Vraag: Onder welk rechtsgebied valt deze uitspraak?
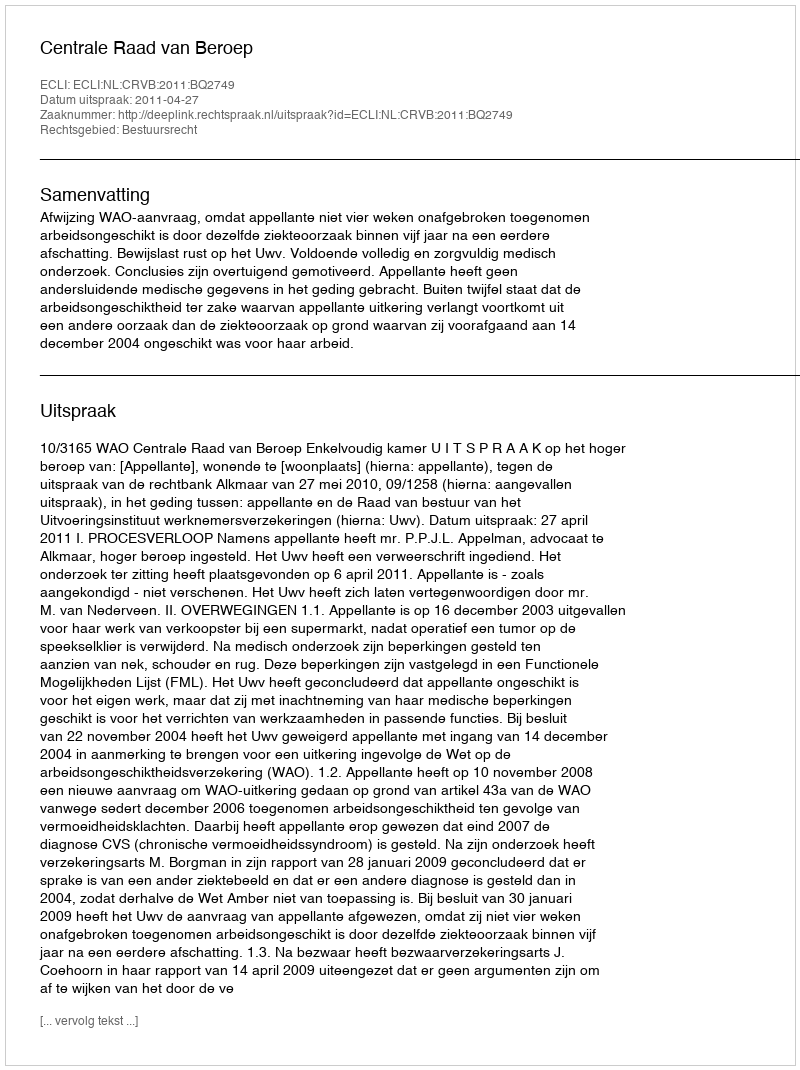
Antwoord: Bestuursrecht